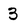
Character: 3